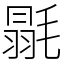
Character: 毾